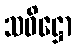
သဝိဋ္ဌော